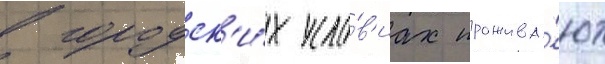
в городск'и́х усло́в'иах прожива́ют